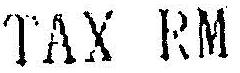
TAX RM